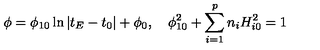
\phi = \phi _ { 1 0 } \ln \left| t _ { E } - t _ { 0 } \right| + \phi _ { 0 } , \quad \phi _ { 1 0 } ^ { 2 } + \sum _ { i = 1 } ^ { p } n _ { i } H _ { i 0 } ^ { 2 } = 1